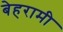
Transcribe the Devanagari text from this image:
बेहरामी